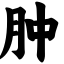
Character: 肿